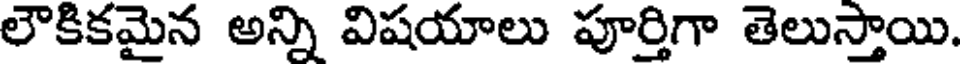
లౌకికమైన అన్ని విషయాలు పూర్తిగా తెలుస్తాయి.